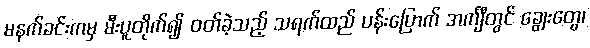
မနက်ခင်းကမှ မီးပူတိုက်၍ ဝတ်ခဲ့သည့် သရက်ထည် ပန်းပြောက် အင်္ကျီတွင် ချွေးတွေ၊